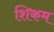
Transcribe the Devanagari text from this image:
शिकम